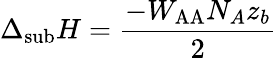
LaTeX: \Delta_{\mathrm{sub}}H={\frac{-W_{\mathrm{AA}}N_{A}z_{b}}{2}}